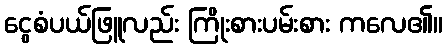
ငွေစံပယ်ဖြူလည်း ကြိုးစားပမ်းစား ကလေ၏။